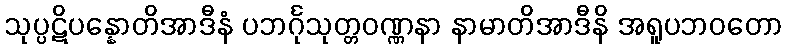
သုပ္ပဋိပန္နောတိအာဒီနံ ပဘင်္ဂုသုတ္တဝဏ္ဏနာ နာမာတိအာဒီနိ အရူပဘဝတော